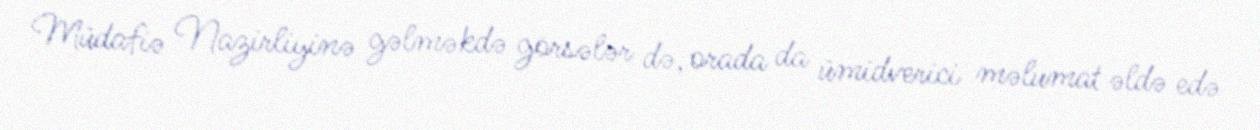
Müdafiə Nazirliyinə gəlməkdə görsələr də, orada da ümidverici məlumat əldə edə